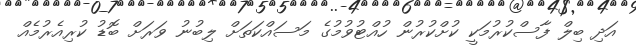
އަދި ބިލް ފާސްކުރުމަކީ ކުށްކުރުން ހުއްޓުވުމުގެ މަސައްކަތަށް ލިބުނު ވަރަށް ބޮޑު ކުރިއެރުމެއް